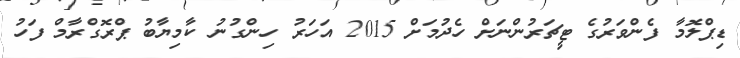
ޑިޕްލޮމާ ފެންވަރުގެ ޓީޗަރުންނަށް ހެދުމަށް 2015 އަހަރު ހިންގުނު ކާމިޔާބު ޕްރޮގްރާމް ފަހު